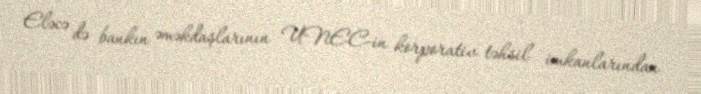
Eləcə də bankın əməkdaşlarının UNEC-in korporativ təhsil imkanlarından